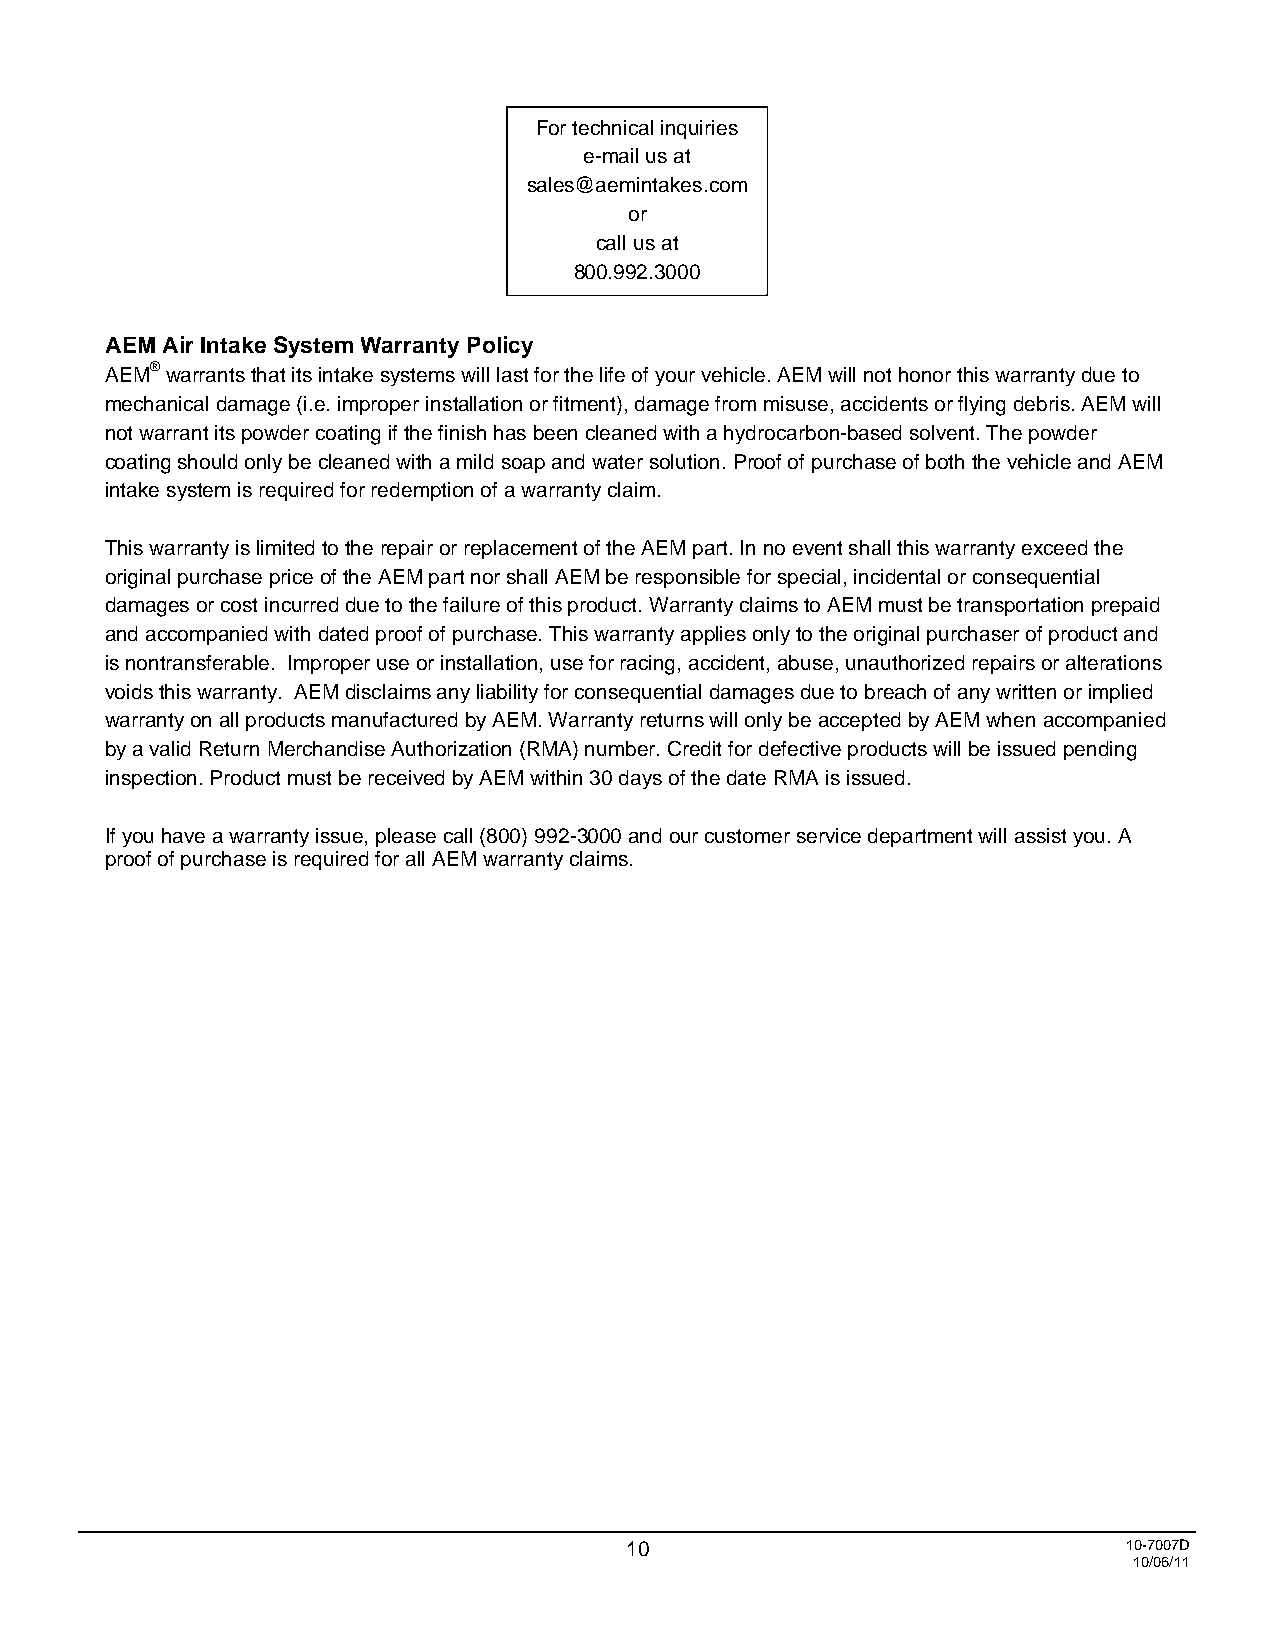
For technical inquiries
 e-mail us at
 sales@aemintakes.com
 or
 call us at
 800.992.3000
 AEM Air Intake System Warranty Policy
 AEM® warrants that its intake systems will last for the life of your vehicle. AEM will not honor this warranty due to
 mechanical damage (i.e. improper installation or fitment), damage from misuse, accidents or flying debris. AEM will
 not warrant its powder coating if the finish has been cleaned with a hydrocarbon-based solvent. The powder
 coating should only be cleaned with a mild soap and water solution. Proof of purchase of both the vehicle and AEM
 intake system is required for redemption of a warranty claim.
 This warranty is limited to the repair or replacement of the AEM part. In no event shall this warranty exceed the
 original purchase price of the AEM part nor shall AEM be responsible for special, incidental or consequential
 damages or cost incurred due to the failure of this product. Warranty claims to AEM must be transportation prepaid
 and accompanied with dated proof of purchase. This warranty applies only to the original purchaser of product and
 is nontransferable. Improper use or installation, use for racing, accident, abuse, unauthorized repairs or alterations
 voids this warranty. AEM disclaims any liability for consequential damages due to breach of any written or implied
 warranty on all products manufactured by AEM. Warranty returns will only be accepted by AEM when accompanied
 by a valid Return Merchandise Authorization (RMA) number. Credit for defective products will be issued pending
 inspection. Product must be received by AEM within 30 days of the date RMA is issued.
 If you have a warranty issue, please call (800) 992-3000 and our customer service department will assist you. A
 proof of purchase is required for all AEM warranty claims.
 1 0                               10-7007D
 10/06/11